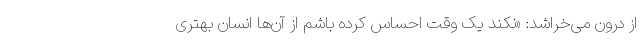
از درون می‌خراشد: «نکند یک وقت احساس کرده باشم از آن‌ها انسان بهتری